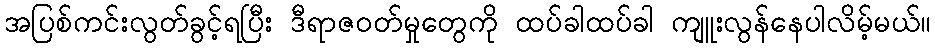
အပြစ်ကင်းလွတ်ခွင့်ရပြီး ဒီရာဇဝတ်မှုတွေကို ထပ်ခါထပ်ခါ ကျူးလွန်နေပါလိမ့်မယ်။